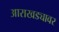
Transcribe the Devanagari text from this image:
आराखड्यावर